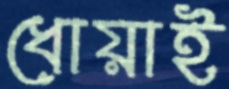
ধোয়াই